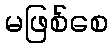
မဖြစ်စေ